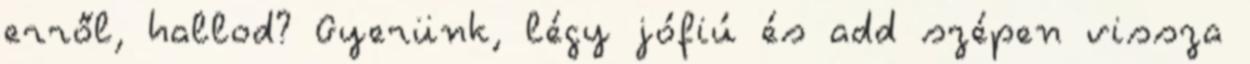
erről, hallod? Gyerünk, légy jófiú és add szépen vissza